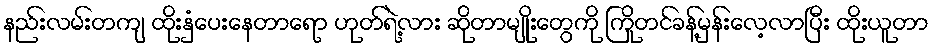
နည်းလမ်းတကျ ထိုးနှံပေးနေတာရော ဟုတ်ရဲ့လား ဆိုတာမျိုးတွေကို ကြိုတင်ခန့်မှန်းလေ့လာပြီး ထိုးယူတာ